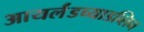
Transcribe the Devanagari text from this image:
आयर्लंडच्याडब्लिन